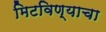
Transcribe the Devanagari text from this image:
मिटविण्याचा